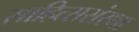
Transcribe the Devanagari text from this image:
साहित्ससंस्था